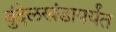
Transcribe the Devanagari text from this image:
बुंदेलखंडापर्यंत